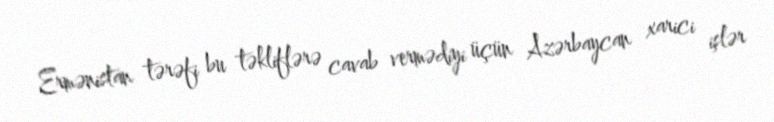
Ermənistan tərəfi bu təkliflərə cavab vermədiyi üçün Azərbaycan xarici işlər